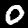
Label: 0